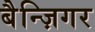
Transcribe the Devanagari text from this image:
बैन्ज़िगर